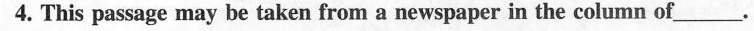
4. This passage may be taken from a newspaper in the column of___.